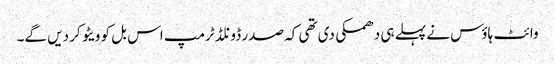
وائٹ ہاؤس نے پہلے ہی دھمکی دی تھی کہ صدر ڈونلڈ ٹرمپ اس بل کو ویٹو کر دیں گے۔